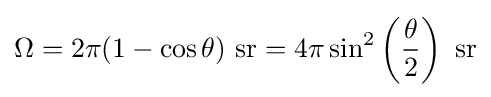
\Omega =2\pi (1-\cos \theta ){\text{ sr}}=4\pi \sin ^{2}\left({\frac {\theta }{2}}\right){\text{ sr}}